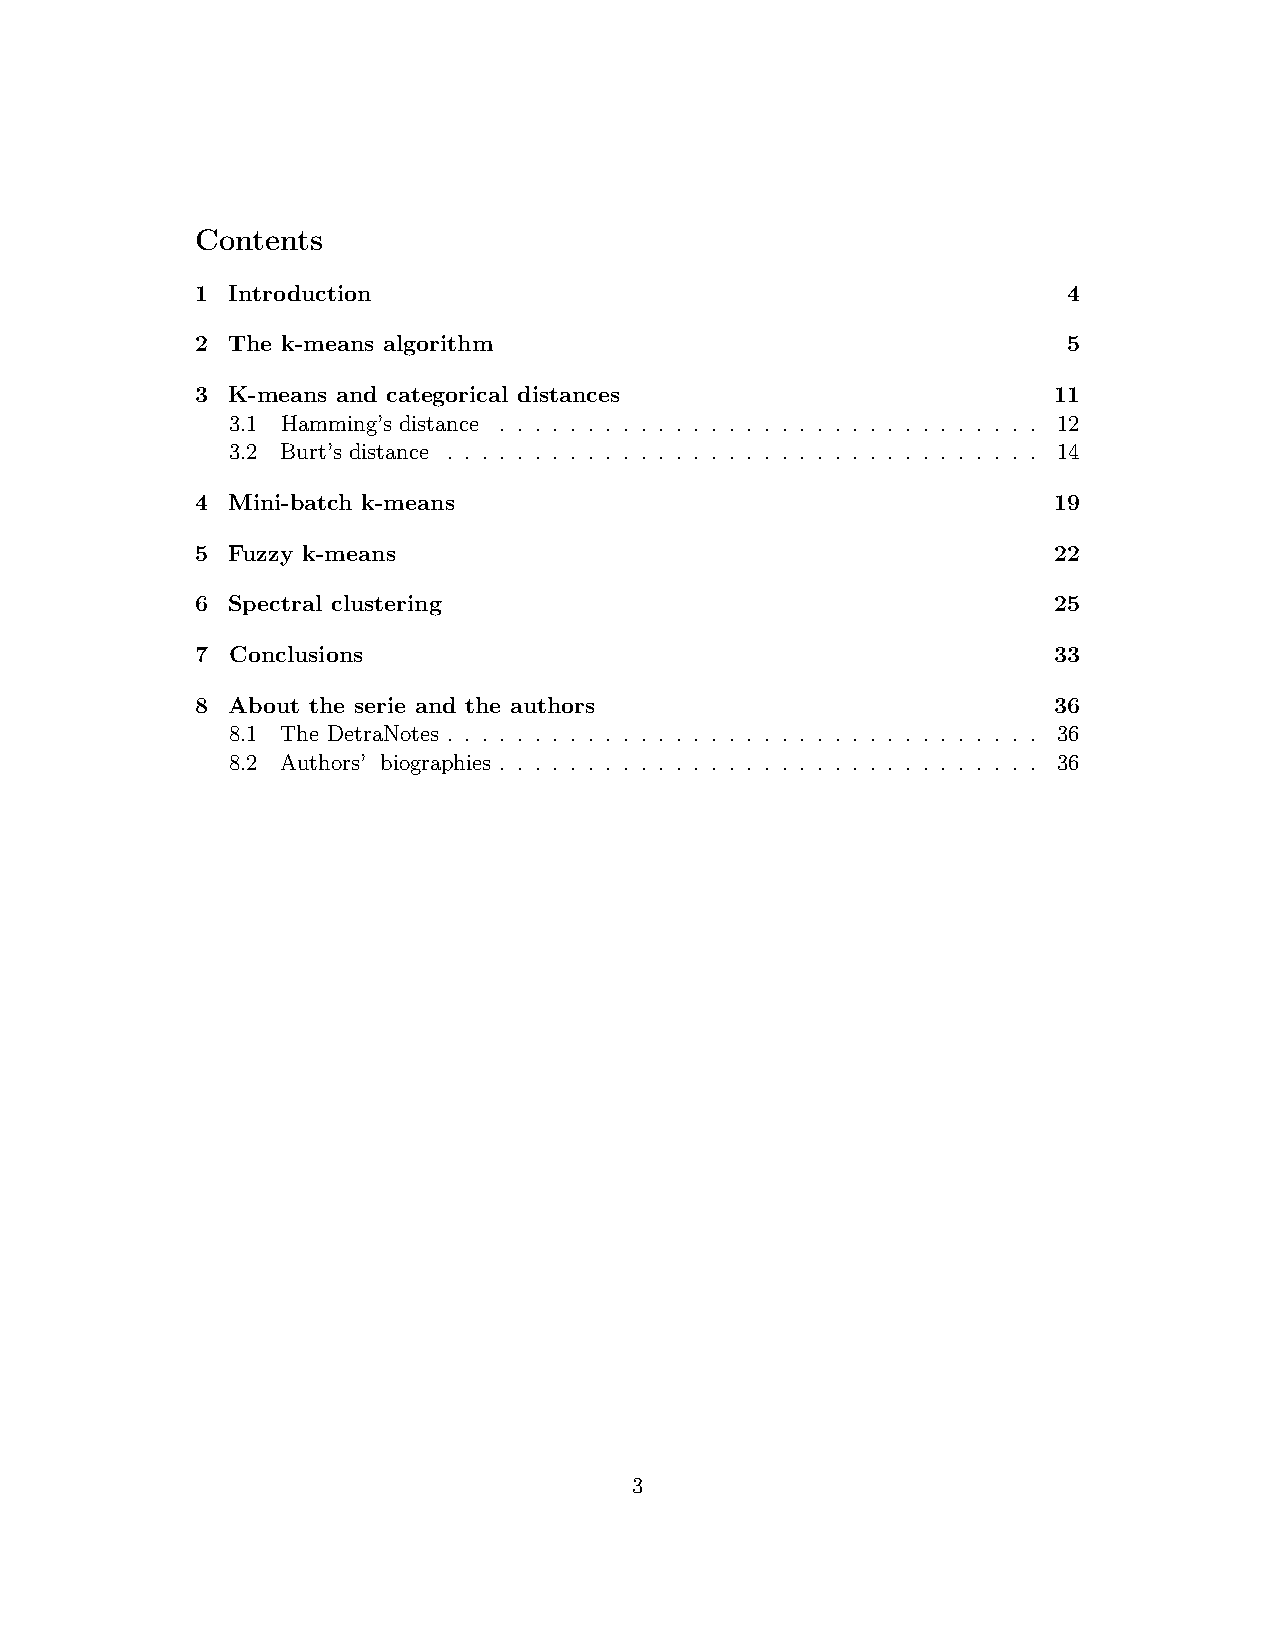
Contents
 1 Introduction                                            4
 2 The k-means algorithm                                   5
 3 K-means and categorical distances                      11
 3.1 Hamming’s distance . . . . . . . . . . . . . . . . . . . . . . . . . . . . . . . 12
 3.2 Burt’s distance . . . . . . . . . . . . . . . . . . . . . . . . . . . . . . . . . . 14
 4 Mini-batch k-means                                     19
 5 Fuzzy k-means                                          22
 6 Spectral clustering                                    25
 7 Conclusions                                            33
 8 About the serie and the authors                        36
 8.1 The DetraNotes . . . . . . . . . . . . . . . . . . . . . . . . . . . . . . . . . . 36
 8.2 Authors’ biographies . . . . . . . . . . . . . . . . . . . . . . . . . . . . . . . 36
 3